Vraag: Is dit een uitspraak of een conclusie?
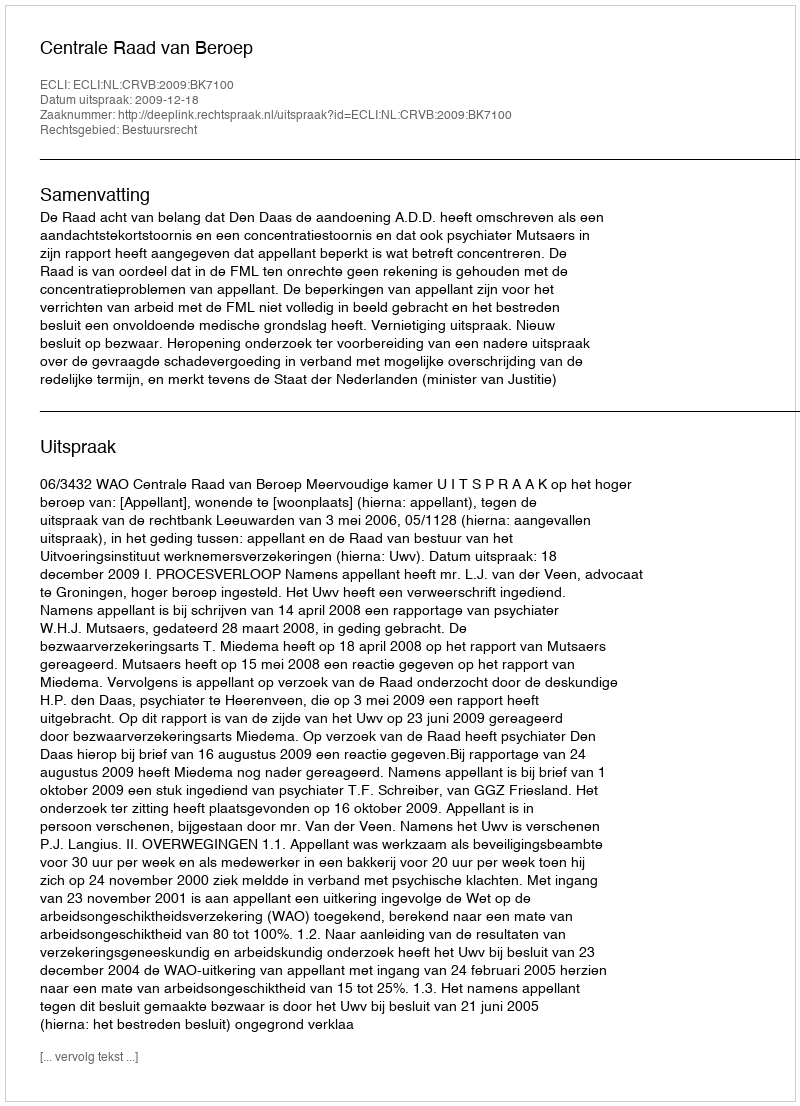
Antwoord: Uitspraak